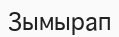
Зымырап